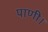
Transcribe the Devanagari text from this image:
पाणी।